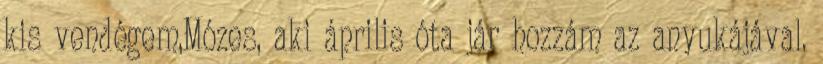
kis vendégem,Mózes, aki április óta jár hozzám az anyukájával.